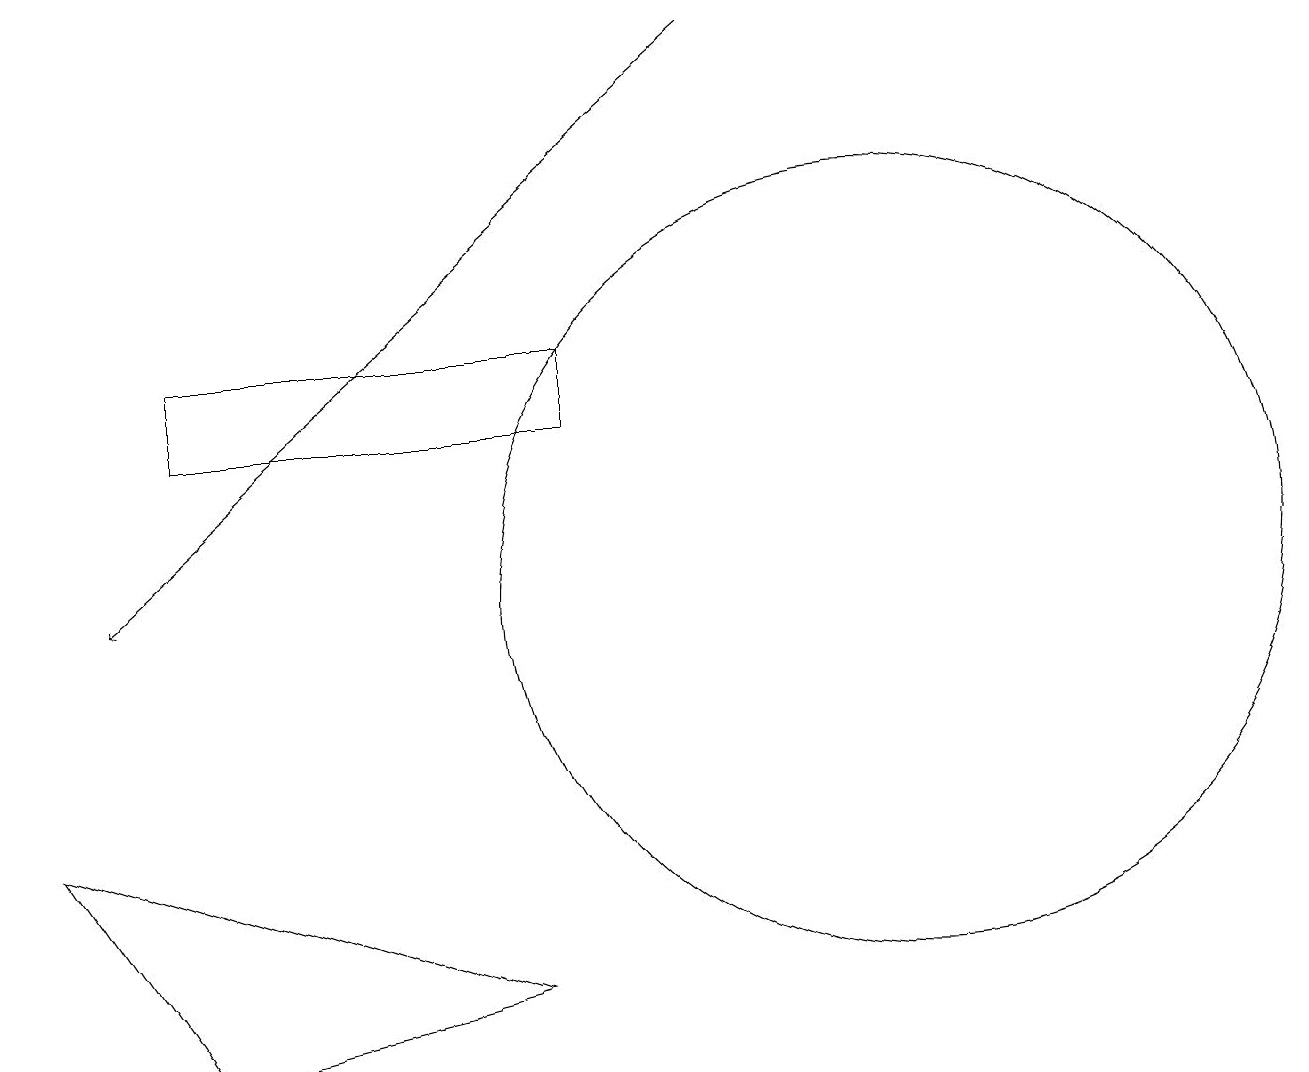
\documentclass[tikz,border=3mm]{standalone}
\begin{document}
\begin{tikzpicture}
\draw (2,4) -- (6,5) -- (0,7) -- cycle;
\draw (11,10) circle (5);
\draw[->] (9,17) -- (1,10);
\draw (2,13) rectangle (7,12);
\draw (5,12) rectangle (3,12);
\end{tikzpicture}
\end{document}